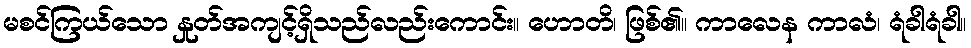
မစင်ကြယ်သော နှုတ်အကျင့်ရှိသည်လည်းကောင်း။ ဟောတိ၊ ဖြစ်၏။ ကာလေန ကာလံ၊ ရံခါရံခါ။